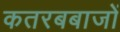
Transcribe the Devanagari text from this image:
कतरबबाजों